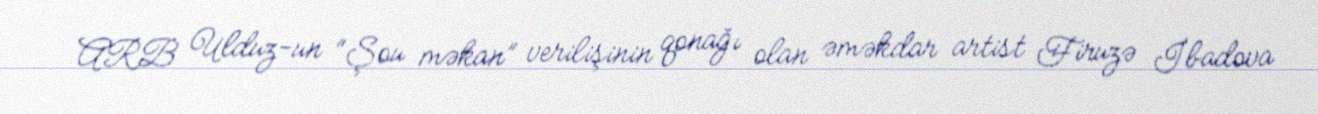
ARB Ulduz-un “Şou məkan” verilişinin qonağı olan əməkdar artist Firuzə İbadova